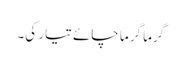
گرما گرما چائے تیار کی۔